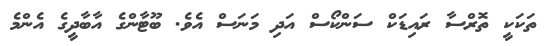
ތަކަކީ ތޮރްސާ ރައިޑަކް ސަންކޯސް އަދި މަނަސް އެވެ. ބޫޓާންގެ އާބާދީގެ އެންމެ